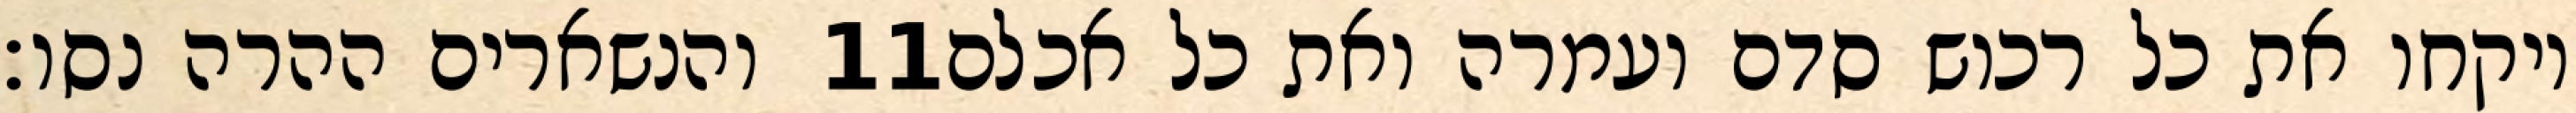
והנשארים ההרה נסו׃ ‎11‏ ויקחו את כל רכוש סדם ועמרה ואת כל אכלם